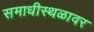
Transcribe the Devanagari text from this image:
समाधीस्थळावर